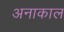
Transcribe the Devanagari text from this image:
अनाकाल